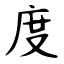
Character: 度